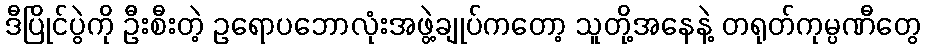
ဒီပြိုင်ပွဲကို ဦးစီးတဲ့ ဥရောပဘောလုံးအဖွဲ့ချုပ်ကတော့ သူတို့အနေနဲ့ တရုတ်ကုမ္ပဏီတွေ